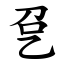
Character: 㐒